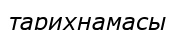
тарихнамасы